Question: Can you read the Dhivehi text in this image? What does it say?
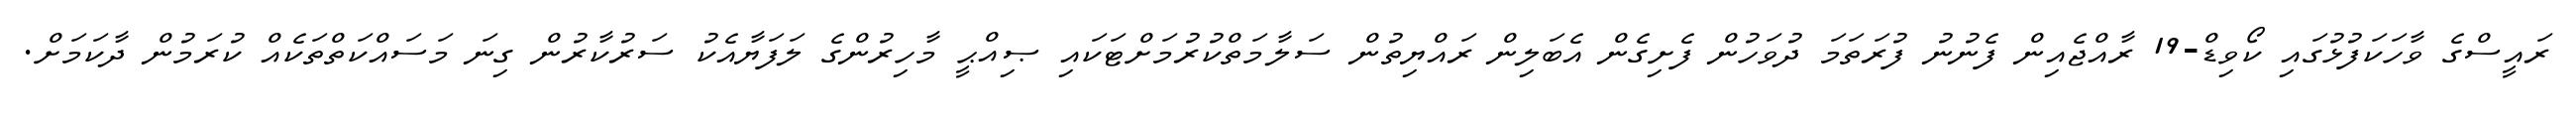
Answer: ރައީސްގެ ވާހަކަފުޅުގައި ކޯވިޑް-19 ރާއްޖެއިން ފެނުނު ފުރަތަމަ ދުވަހުން ފެށިގެން އެބަލިން ރައްޔިތުން ސަލާމަތްކުރުމަށްޓަކައި ޞިއްޙީ މާހިރުންގެ ލަފަޔާއެކު ސަރުކާރުން ގިނަ މަސައްކަތްތަކެއް ކުރަމުން ދާކަމަށް.